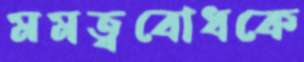
মমত্ববোধকে